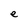
Character: e